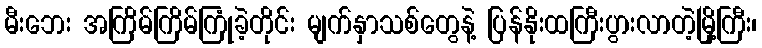
မီးဘေး အကြိမ်ကြိမ်ကြုံခဲ့တိုင်း မျက်နှာသစ်တွေနဲ့ ပြန်နိုးထကြီးပွားလာတဲ့မြို့ကြီး၊